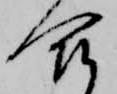
合